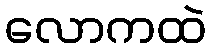
လောကထဲ